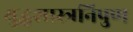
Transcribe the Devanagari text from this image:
युद्धशास्त्रनिपुण